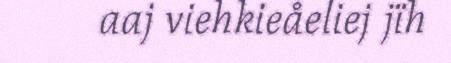
aaj viehkieåeliej jïh